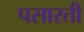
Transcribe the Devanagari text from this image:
पसारती